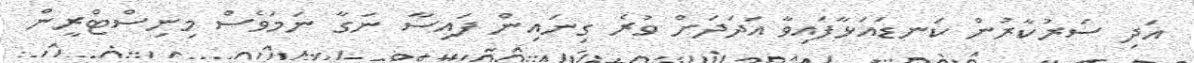
އަދި ސަރުކާރުން ކަނޑައަޅާފައިވާ އަދަދަށް ވުރެ ގިނައިން ފަައިސާ ނަގާ ނަމަވެސް މިނިސްޓްރީން